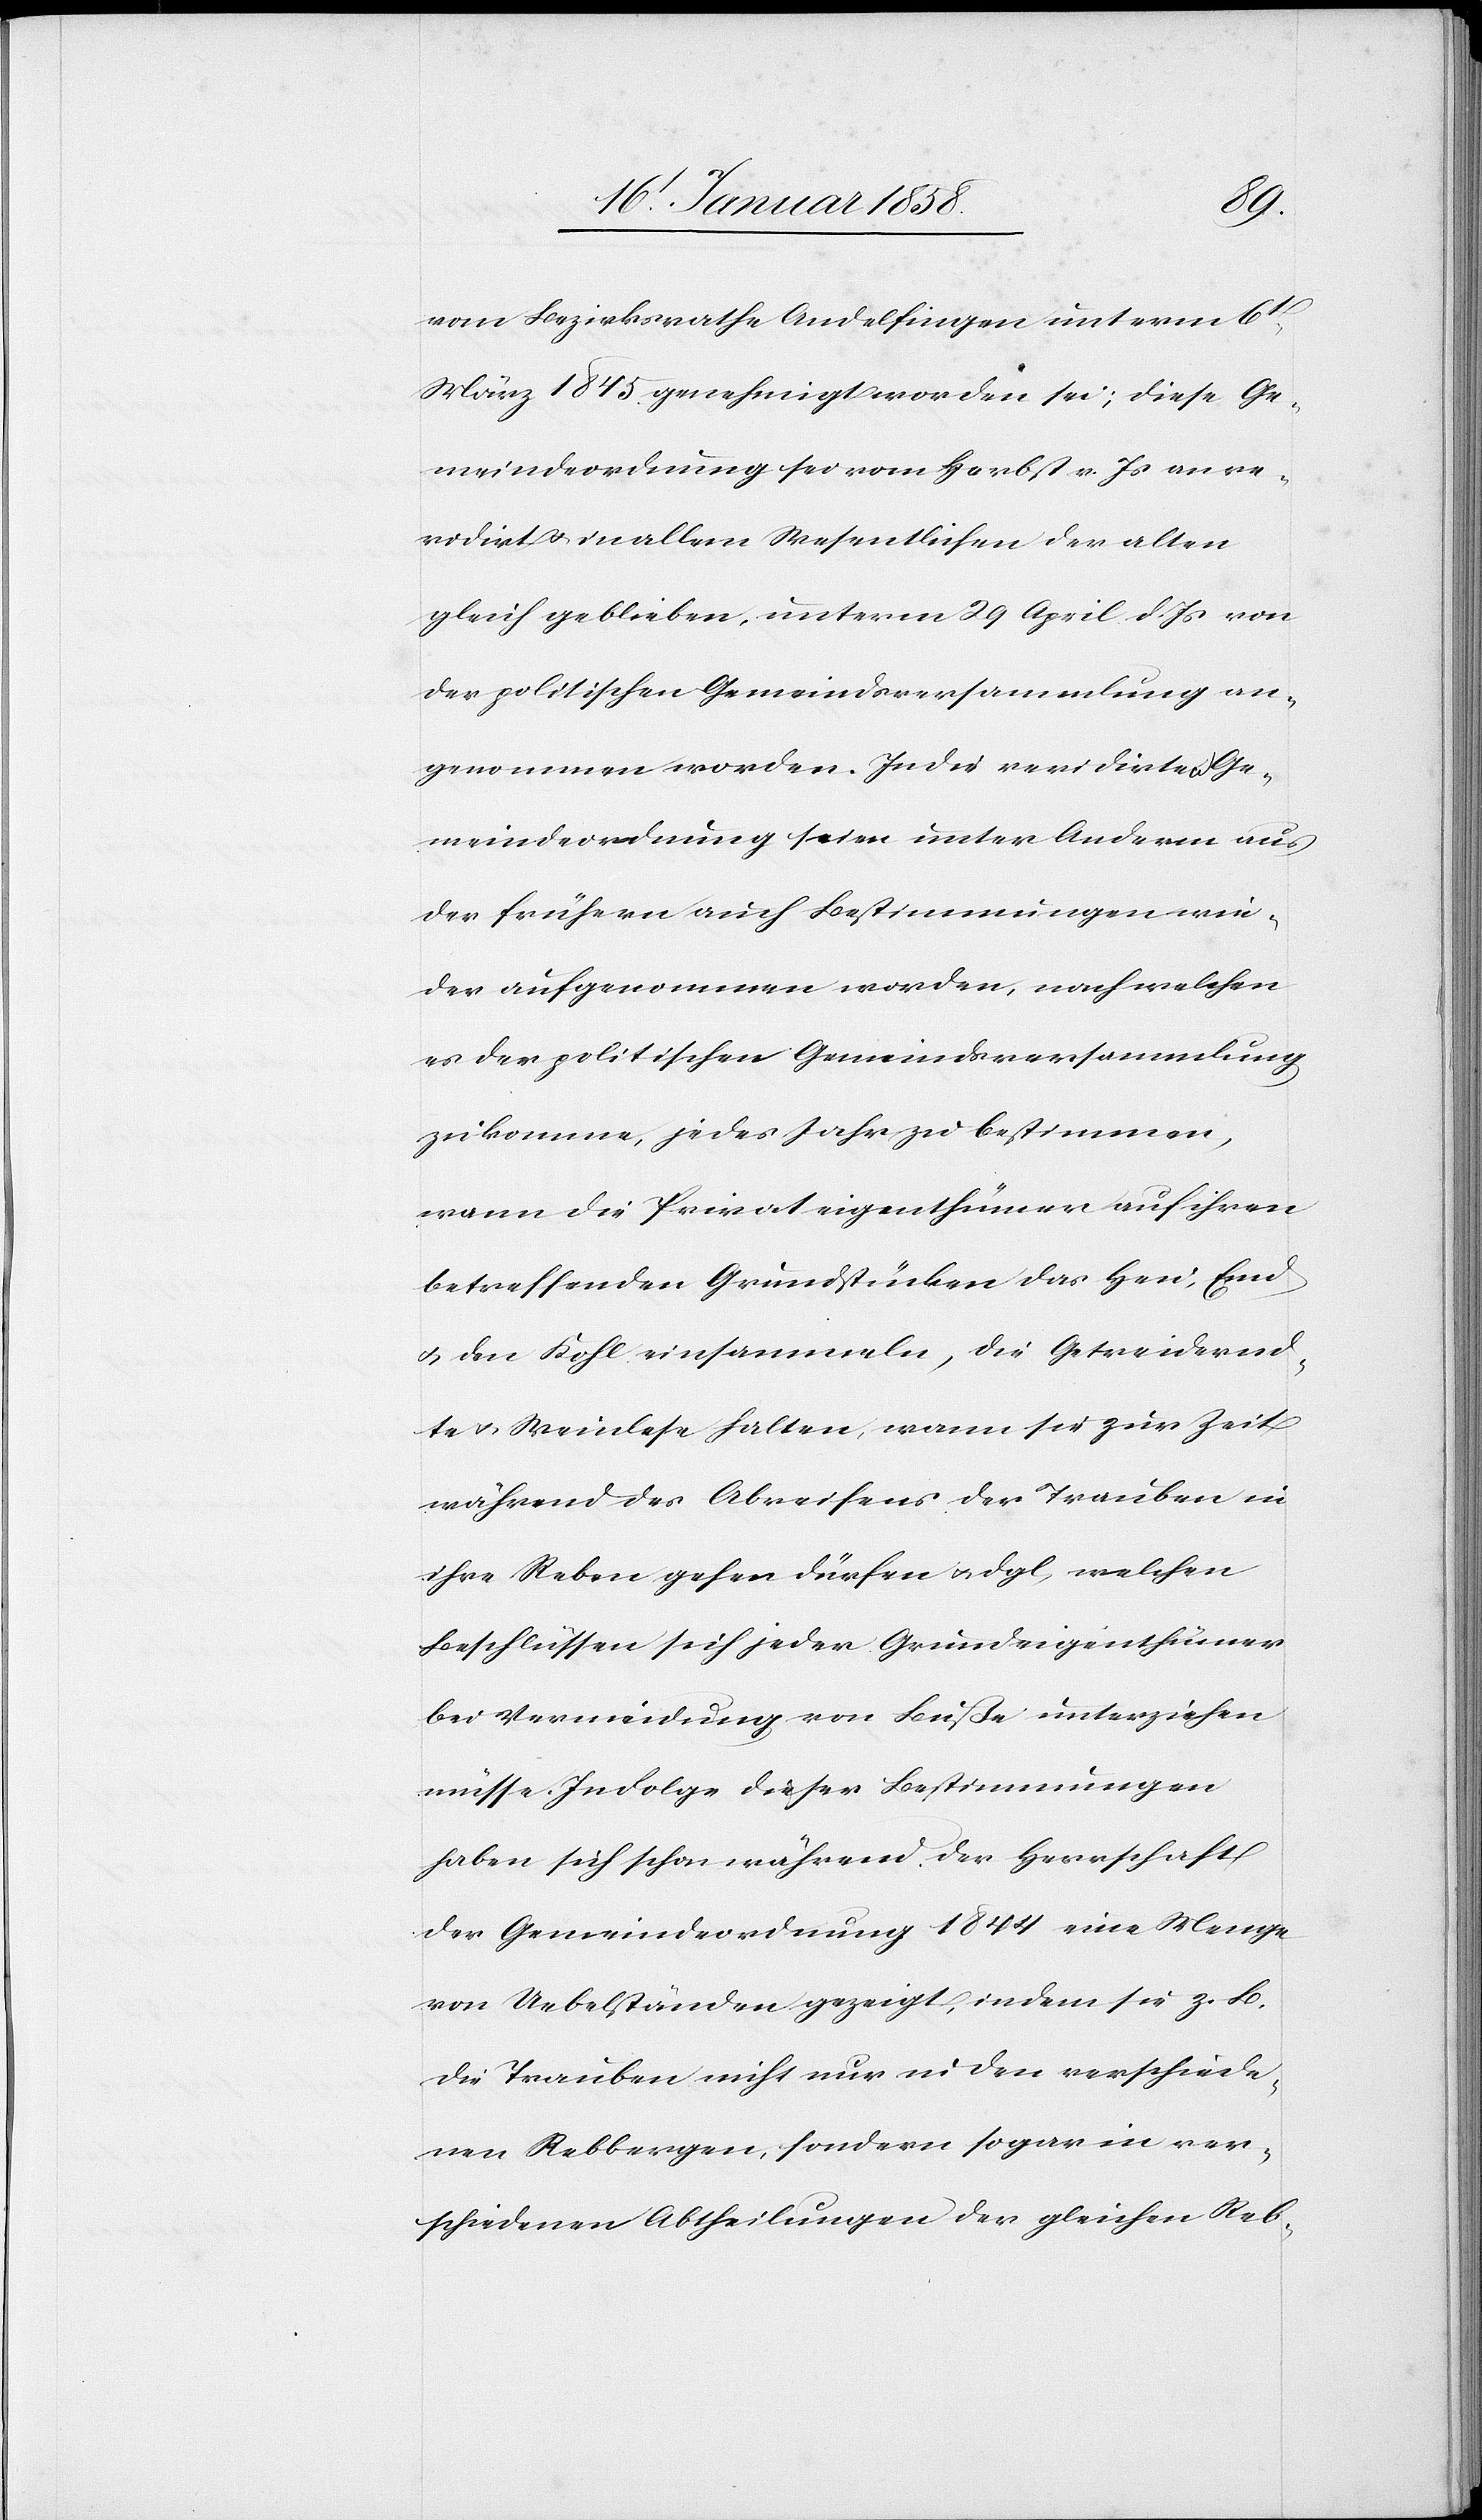
vom Bezirksrathe Andelfingen unterm 6t
März 1845 genehmigt worden sei; diese Ge¬
meindeordnung sei vom Herbst v. Js an re¬
vidirt u. in allem Wesentlichen der alten
gleich geblieben, unterm 29 April d. Js von
der politischen Gemeindsversammlung an¬
genommen worden. In der revidirten Ge¬
meindeordnung seien unter Anderm aus
der frühern auch Bestimmungen wie¬
der aufgenommen worden, nach welchen
es der politischen Gemeindsversammlung
zukomme, jedes Jahr zu bestimmen,
wann die Privateigenthümer auf ihren
betreffenden Grundstücken das Heu, Emd
u. den Kohl einsammeln, die Getreidernd¬
te u. Weinlese halten, wann sie zur Zeit
während des Abreifens der Trauben in
ihre Reben gehen dürfen u. dgl, welchen
Beschlüssen sich jeder Grundeigenthümer
bei Vermeidung von Buße unterziehen
müsse. In Folge dieser Bestimmungen
haben sich schon während der Herrschaft
der Gemeindeordnung 1844 eine Menge
von Uebelständen gezeigt, indem sie z. B.
die Trauben nicht nur in den verschiede¬
nen Rebbergen, sondern sogar in ver¬
schiedenen Abtheilungen der gleichen Reb-